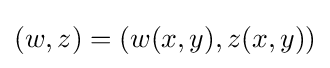
(w,z)=(w(x,y),z(x,y))